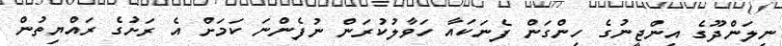
ނިލަންދޫގެ އިންޖީނުގެ ހިންގަން ފެނަކައާ ހަވާލުކުރަން ނުފެންނަ ކަމަށް އެ ރަށުގެ ރައްޔިތުން